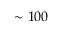
\sim 1 0 0